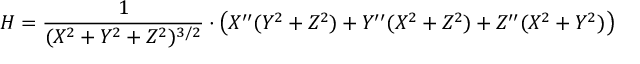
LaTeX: H = \frac { 1 } { ( X ^ { 2 } + Y ^ { 2 } + Z ^ { 2 } ) ^ { 3 / 2 } } \cdot \left( X ^ { \prime \prime } ( Y ^ { 2 } + Z ^ { 2 } ) + Y ^ { \prime \prime } ( X ^ { 2 } + Z ^ { 2 } ) + Z ^ { \prime \prime } ( X ^ { 2 } + Y ^ { 2 } ) \right)